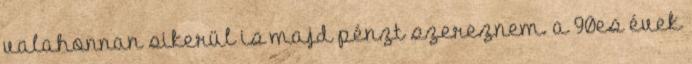
valahonnan sikerül is majd pénzt szereznem. a 90es évek